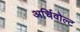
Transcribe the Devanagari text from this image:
अर्चिवोल्ट